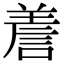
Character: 𧨁